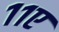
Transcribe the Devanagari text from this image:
११ए